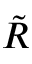
\tilde { R }